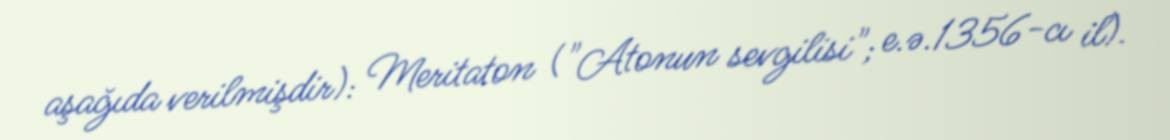
aşağıda verilmişdir): Meritaton ("Atonun sevgilisi"; e.ə.1356-cı il).